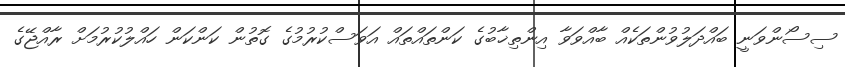
ސިސޯންވަނީ ބައްދަލުވުންތަކެއް ބާއްވަވާ އިންތިޚާބުގެ ކަންތައްތައް އަވަސްކުރުމުގެ ގޮތުން ކަންކަން ހައްލުކުރުމަށް ރާއްޖޭގެ